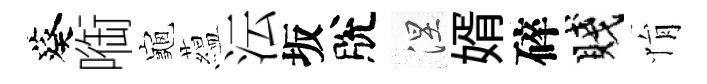
葵㗸龜藴沄坂脫涅婿碎賤悁